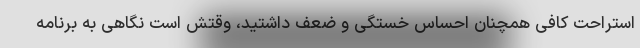
استراحت کافی همچنان احساس خستگی و ضعف داشتید، وقتش است نگاهی به برنامه